Civil Veterinary Dept. North-West Frontier Province 1901-22 - 1901-1922
Year: 1901
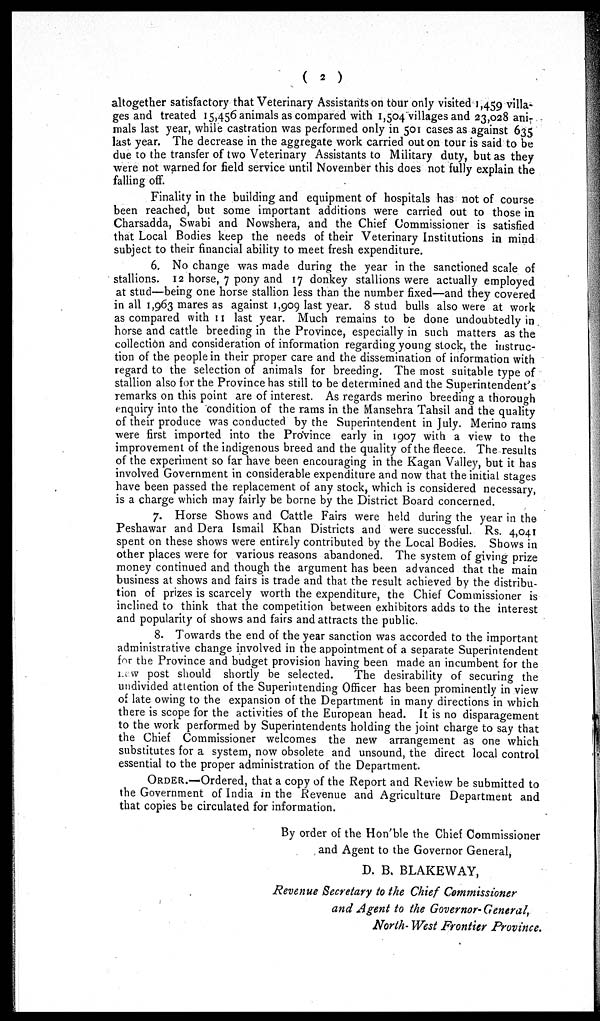
(2)
altogether satisfactory that Veterinary Assistants on tour only visited 1,459 villa-
ges and treated 15,456 animals as compared with 1,504 villages and 23,028 ani-
mals last year, while castration was performed only in 501 cases as against 635
last year. The decrease in the aggregate work carried out on tour is said to be
due to the transfer of two Veterinary Assistants to Military duty, but as they
were not warned for field service until November this does not fully explain the
falling off.
Finality in the building and equipment of hospitals has not of course
been reached, but some important additions were carried out to those in
Charsadda, Swabi and Nowshera, and the Chief Commissioner is satisfied
that Local Bodies keep the needs of their Veterinary Institutions in mind
subject to their financial ability to meet fresh expenditure.
6. No change was made during the year in the sanctioned scale of
stallions. 12 horse, 7 pony and 17 donkey stallions were actually employed
at stud—being one horse stallion less than the number fixed—and they covered
in all 1,963 mares as against 1,909 last year. 8 stud bulls also were at work
as compared with 11 last year. Much remains to be done undoubtedly in
horse and cattle breeding in the Province, especially in such matters as the
collection and consideration of information regarding young stock, the instruc-
tion of the people in their proper care and the dissemination of information with
regard to the selection of animals for breeding. The most suitable type of
stallion also for the Province has still to be determined and the Superintendent's
remarks on this point are of interest. As regards merino breeding a thorough
enquiry into the condition of the rams in the Mansehra Tahsil and the quality
of their produce was conducted by the Superintendent in July. Merino rams
were first imported into the Province early in 1907 with a view to the
improvement of the indigenous breed and the quality of the fleece. The results
of the experiment so far have been encouraging in the Kagan Valley, but it has
involved Government in considerable expenditure and now that the initial stages
have been passed the replacement of any stock, which is considered necessary,
is a charge which may fairly be borne by the District Board concerned.
7. Horse Shows and Cattle Fairs were held during the year in the
Peshawar and Dera Ismail Khan Districts and were successful. Rs. 4,041
spent on these shows were entirely contributed by the Local Bodies. Shows in
other places were for various reasons abandoned. The system of giving prize
money continued and though the argument has been advanced that the main
business at shows and fairs is trade and that the result achieved by the distribu-
tion of prizes is scarcely worth the expenditure, the Chief Commissioner is
inclined to think that the competition between exhibitors adds to the interest
and popularity of shows and fairs and attracts the public.
8. Towards the end of the year sanction was accorded to the important
administrative change involved in the appointment of a separate Superintendent
for the Province and budget provision having been made an incumbent for the
new post should shortly be selected.
The desirability of securing the
undivided attention of the Superintending Officer has been prominently in view
of late owing to the expansion of the Department in many directions in which
there is scope for the activities of the European head. It is no disparagement
to the work performed by Superintendents holding the joint charge to say that
the Chief Commissioner welcomes the new arrangement as one which
substitutes for a system, now obsolete and unsound, the direct local control
essential to the proper administration of the Department.
ORDER.—Ordered, that a copy of the Report and Review be submitted to
the Government of India in the Revenue and Agriculture Department and
that copies be circulated for information.
By order of the Hon'ble the Chief Commissioner
and Agent to the Governor General,
D. B. BLAKEWAY,
Revenue Secretary to the Chief Commissioner
and Agent to the Governor- General,
North- West Frontier Province.